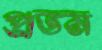
প্রতম